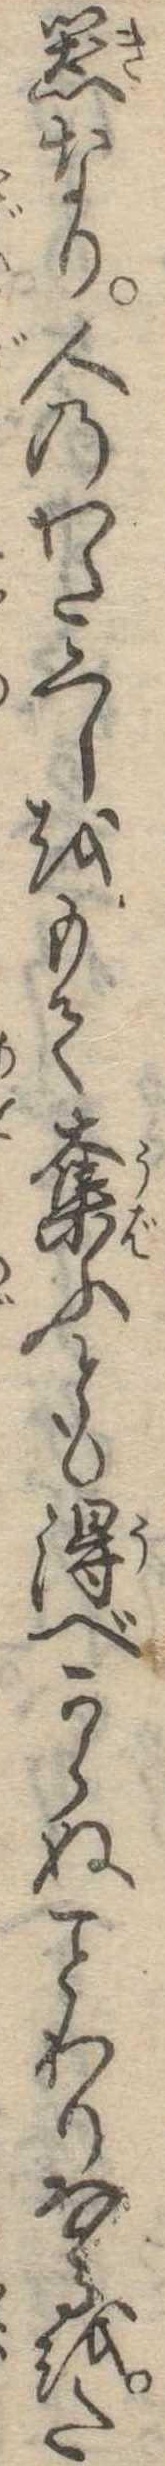
器なり人のわたくしをもて奪ふとも得べからぬわりなるをた